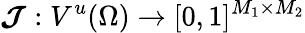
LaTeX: \boldsymbol{\mathcal{J}}:V^{u}(\Omega)\to[0,1]^{M_{1}\times M_{2}}